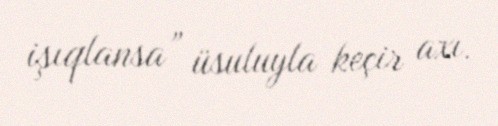
işıqlansa” üsuluyla keçir axı.